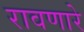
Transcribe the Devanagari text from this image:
रावणारे